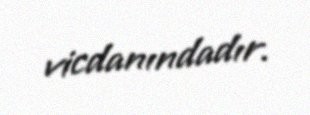
vicdanındadır.